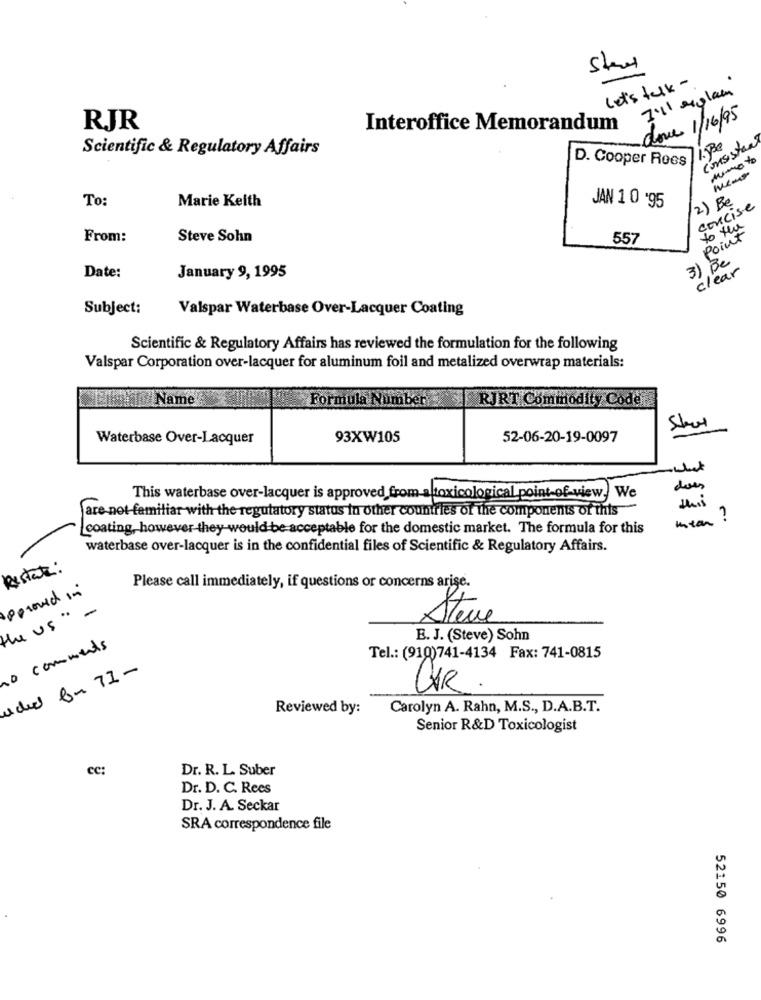
Let's talk -
I'll explan
dove 1/16/95
RJR
Interoffice Memorandum
consistant
Scientific & Regulatory Affairs
D. Cooper Roes
mimo to
To:
Marie Keith
JAN 1 0 '95
2) Be
concise
to the
From:
Steve Sohn
557
Point
3) Be
clear
Date:
January 9, 1995
Subject:
Valspar Waterbase Over-Lacquer Coating
Scientific & Regulatory Affairs has reviewed the formulation for the following
Valspar Corporation over-lacquer for aluminum foil and metalized overwrap materials:
Name'
Formula Number - RJRT Commodity Code
Waterbase Over-Lacquer
93XW105
52-06-20-19-0097
does
This waterbase over-lacquer is approved from a toxicological point of view. We
this
are not familiar with the regulatory status in other countries of the components of this
utan ?
coating, however they would be acceptable for the domestic market. The formula for this
waterbase over-lacquer is in the confidential files of Scientific & Regulatory Affairs.
Restant:
peroved in
Please call immediately, if questions or concerns arise.
-
the us "
Steve
B. J. (Steve) Sohn
0 comments
Tel .: (910)741-4134 Fax: 741-0815
aded for 71-
CAR
Reviewed by:
Carolyn A. Rahn, M.S ., D.A.B.T.
Senior R&D Toxicologist
cc:
Dr. R. L. Suber
Dr. D. C. Rees
Dr. J. A. Seckar
SRA correspondence file
52150 6996